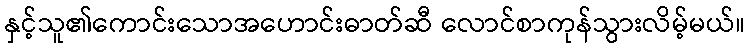
နှင့်သူ၏ကောင်းသောအဟောင်းဓာတ်ဆီ လောင်စာကုန်သွားလိမ့်မယ်။